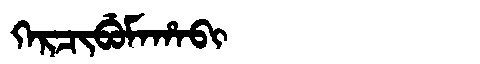
Manchu: ᡴᡝᡵᠴᡳᠪᡠᠮᠠᡥᠠᠪᡳ
Romanization: KERCIBUMAHABI